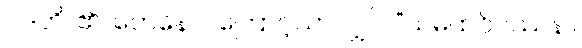
ဝဒတိ၊ ၏။ တေနေဝ၊ ကြောင့်သာလျှင်။ “သမထဝိပဿနာ